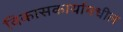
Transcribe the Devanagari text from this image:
विकासकार्यामधील